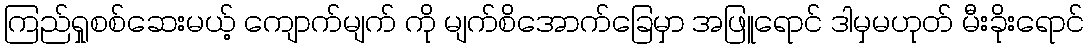
ကြည်ရှုစစ်ဆေးမယ့် ကျောက်မျက် ကို မျက်စိအောက်ခြေမှာ အဖြူရောင် ဒါမှမဟုတ် မီးခိုးရောင်